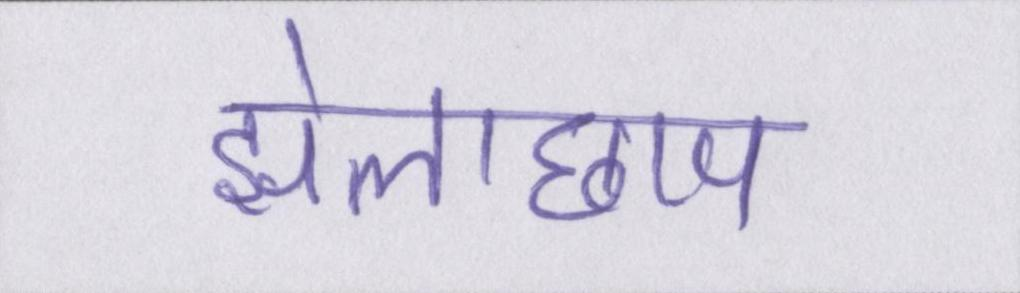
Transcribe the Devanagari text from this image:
झोलाछाप